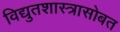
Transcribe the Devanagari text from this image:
विद्युतशास्त्रासोबत